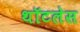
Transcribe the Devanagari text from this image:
थॉटलेस